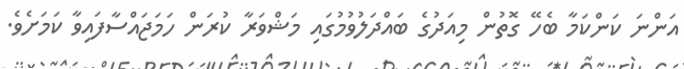
އަންނަ ކަންކަމާ ބެހޭ ގޮތުން މިއަދުގެ ބައްދަލުވުމުގައި މަޝްވަރާ ކުރަން ހަމަޖައްސާފައިވާ ކަމަށެވެ.